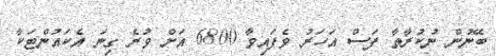
ބޭނުން ނުކުރާތާ ފަސް އަހަރު ވެފައިވާ 6800 އަށް ވުރެ ގިނަ އެކައުންޓަކާ